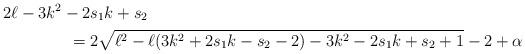
LaTeX: \begin{align*}&2\ell-3k^2-2s_1k +s_2\\&\qquad\qquad= 2\sqrt{\ell^2 -\ell (3k^2+2s_1k-s_2-2) -3k^2-2s_1k+s_2+1} - 2 +\alpha\end{align*}